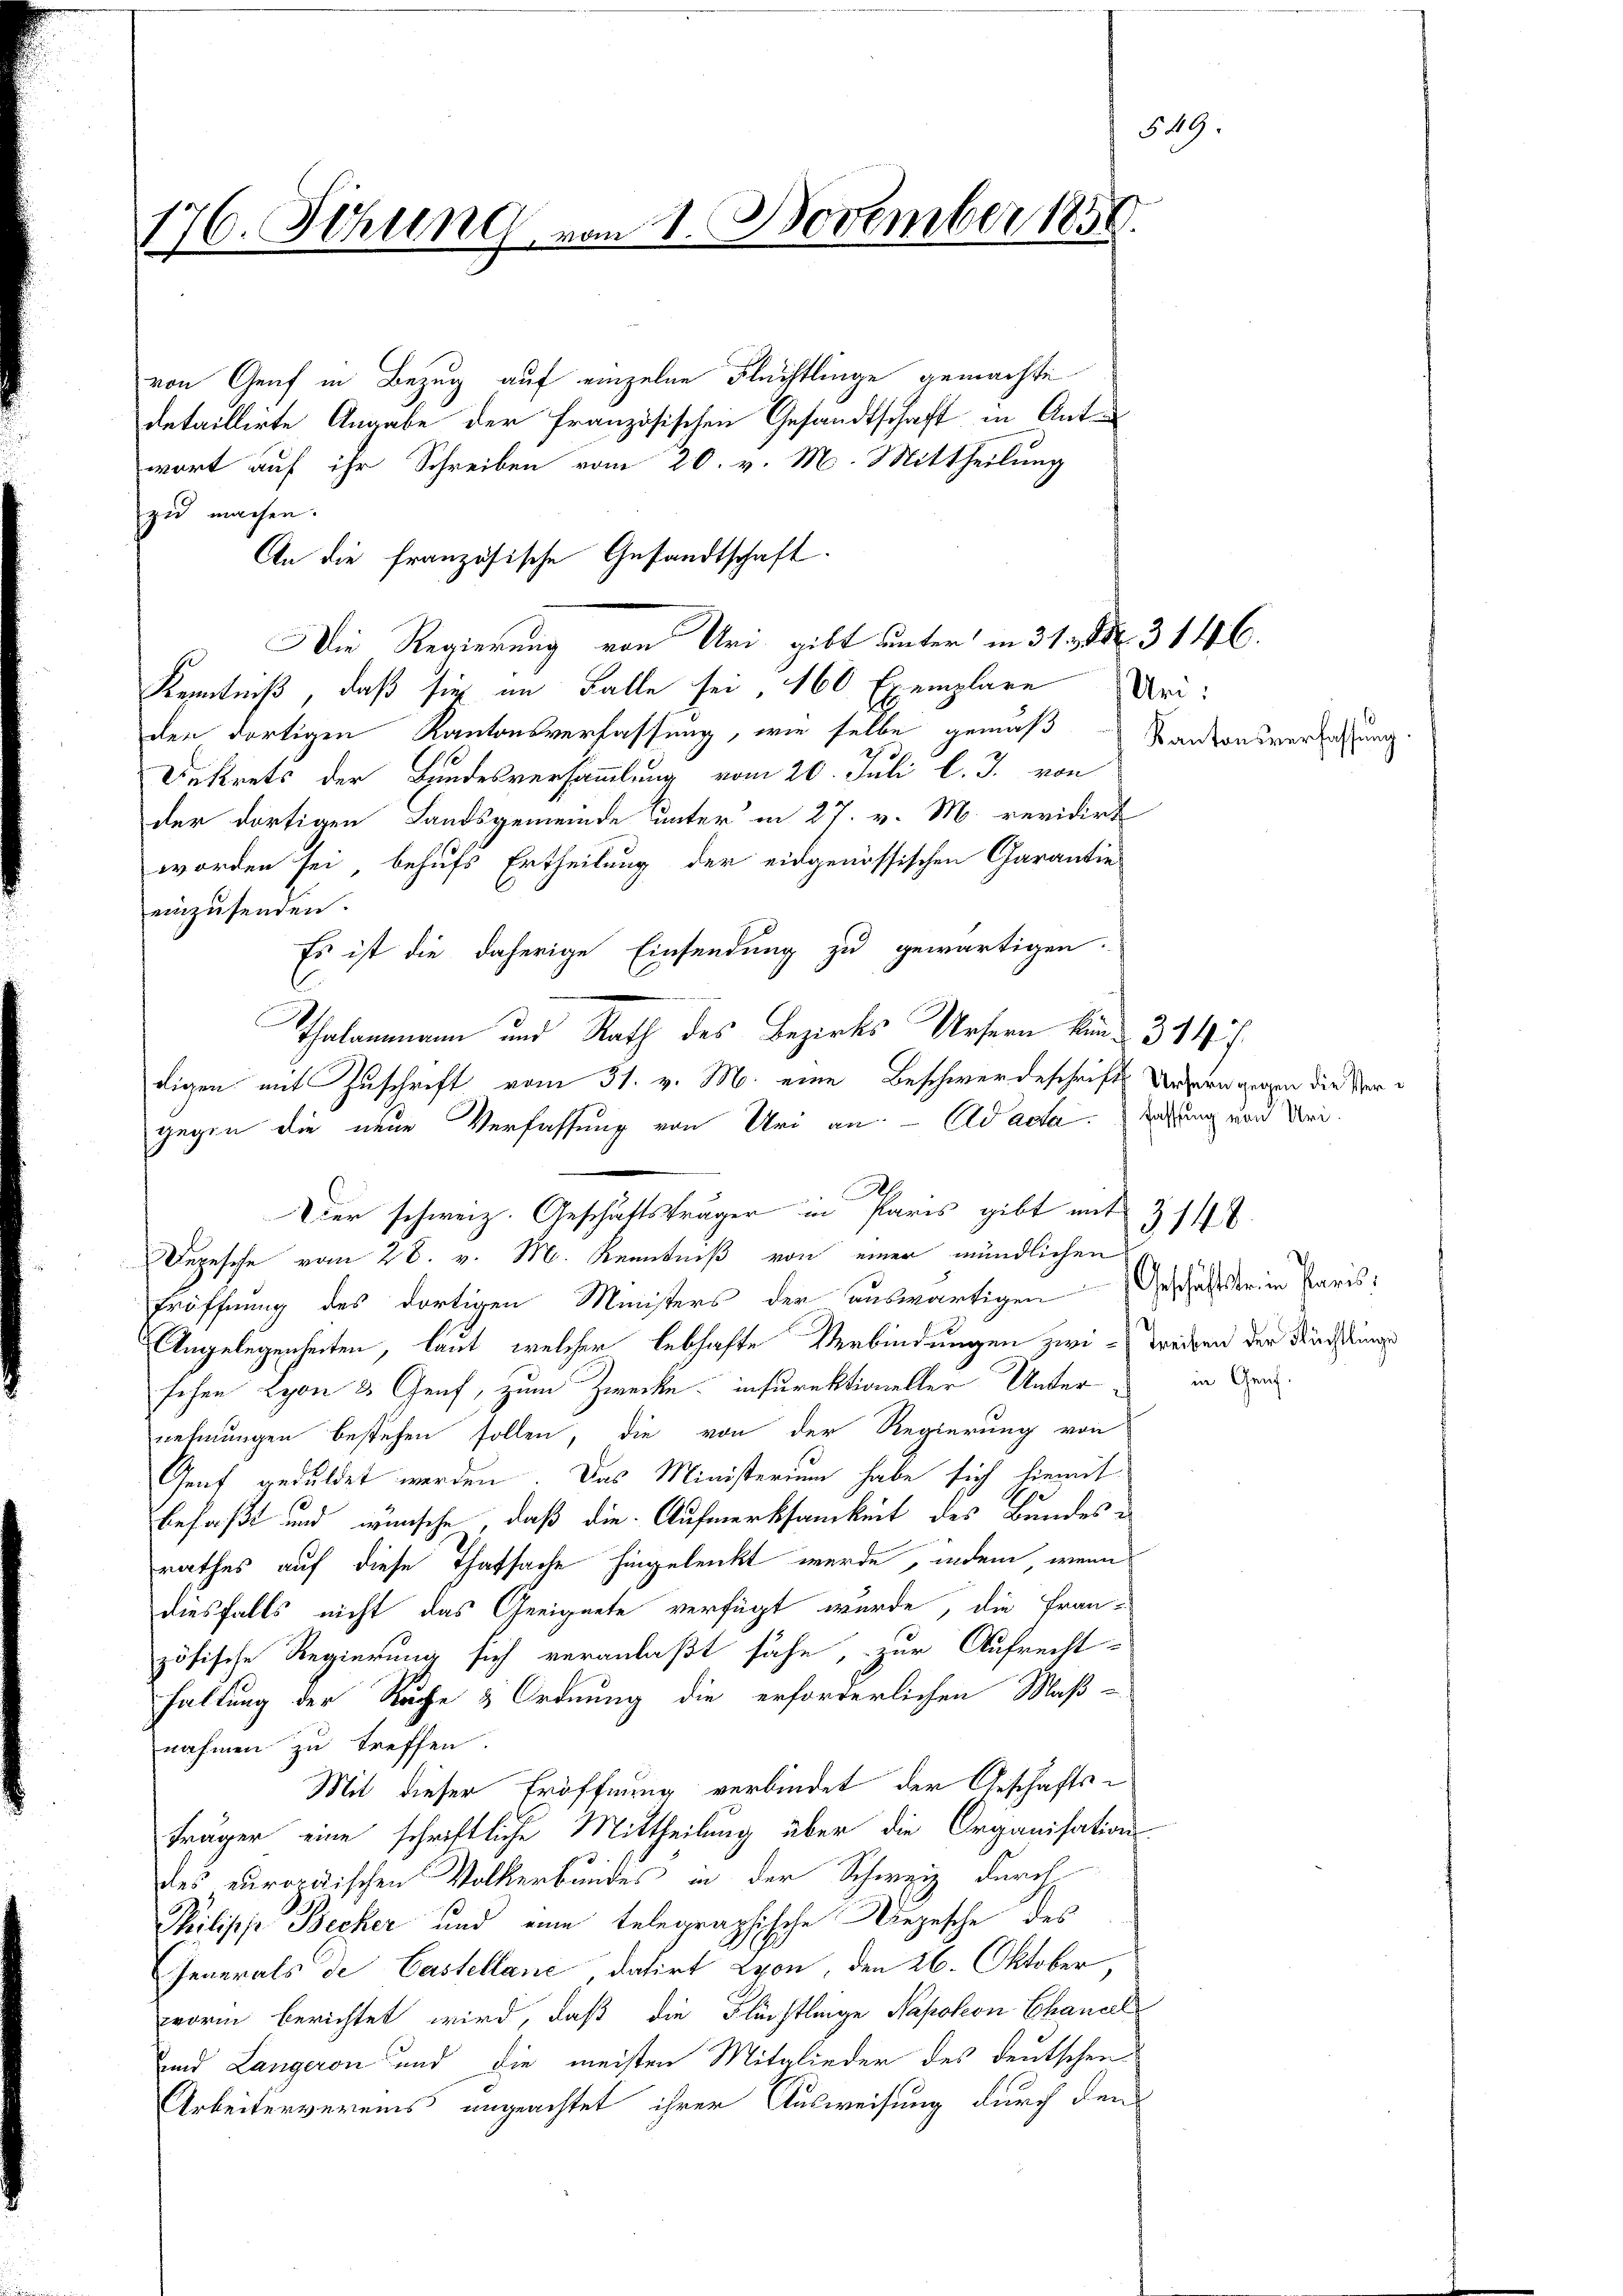
176. Sitzung vom 1. November 1858
.

von Genf in Bezug auf einzelne Flüchtlinge gemachte
detaillirte Angabe der französischen Gesandtschaft in Antr
wort auf ihr Schreiben vom 20. v. M. Mittheilung
zu machen.
Die Regierung von Uri gibt unter in 31. d. 3146.
Kenntniß, daß sie im Falle sei, 160 Exemplare
der dortigen Kantonsverfassung, wie selbe gemäß
Unkrets der Bundesversammlung vom 20. Juli l. J. von
der dortigen Landsgemeinde unter in 27. v. M. revidirt
worden sei, behufs Ertheilung der eidgenössischen Carantie
einzusenden.
Es ist die daherige Einsendung zu gewärtigen
l
Thalanmann und Rath des Bezirks Ursern und 344 f.
digen mit Zuschrift vom 31. v. M. eine Beschwerdeschrift Urzern gegen die Ver¬
Eröffnung des dortigen Ministers der auswärtigen Geschäfter in Paris;
Angelegenheiten, laut, welcher lebhafte Verbindungen zwei treiben der Nachtung
sehen Lyon 3 Genf, zum Zwecke indirektioneller Unternehmungen bestehen sollen, die von der Regierung von
Genf geduldet werden. Das Ministerium habe sich hiemit
befaßt und wünsche, daß die Aufmerksamkeit des Bundesrathes auf diese Thatsache hingelenkt werde, indem wenn
diesfalls nicht das Geeignete verfügt wurde, die Fran-
zösische Regierung sich veranlaßt sähe, zur Aufrecht-
haltung der Rache & Ordnung die erforderlichen Maß-
nahmen zu treffen.
Mit dieser Eröffnung verbindet der Geschäftsträger eine schriftliche Mittheilung über die Organisations-
des europäischen Volkerbundes in der Schweiz durch
Philippe Becker und eine telegraphische Depesche des
Generals de Castellani datirt von, den 26. Oktober,
worin berichtet wird, daß die Flüchtlinge Napoleon Chancel
und Langeron und die meisten Mitglieder des deutschen
Arbeitervereins ungeachtet ihrer Ausweisung durch den

An die französische Gesandtschaft.

gegen die neue Verfassung von Uri an. - Ad acta. Satzung von Mei¬
Der schweiz. Geschäftsträger in Paris gibt mit
Depesche vom 28. v. M. Kenntniß von einer mündlichen

A

Uri:
Kantonsverfassung.

549.

3148.

in Genf.